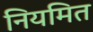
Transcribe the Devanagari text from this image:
नियमित